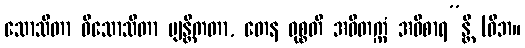
သောသိတာ ဝိသောသိတာ ဗျန္တိကတာ, တေန ဝုစ္စတိ အဝိတက္ကံ အဝိစာရ”န္တိ (ဝိဘ။